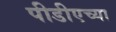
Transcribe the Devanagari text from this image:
पीडीएच्या